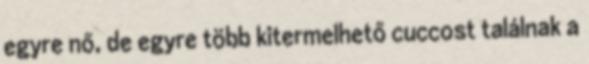
egyre nő, de egyre több kitermelhető cuccost találnak a